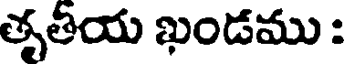
తృతీయ ఖండము :